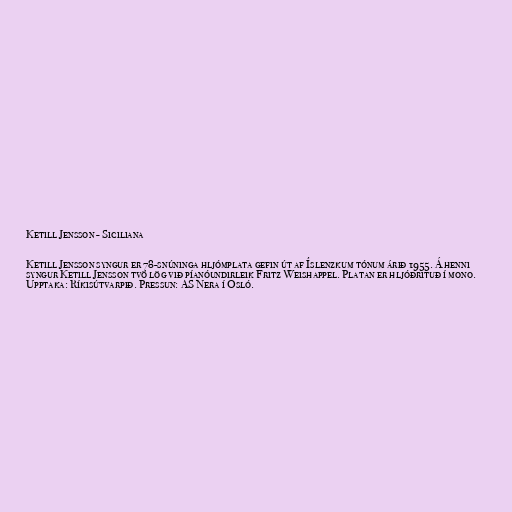
Ketill Jensson - Siciliana

Ketill Jensson syngur er 78-snúninga hljómplata gefin út af Íslenzkum tónum árið 1955. Á henni
syngur Ketill Jensson tvö lög við píanóundirleik Fritz Weishappel. Platan er hljóðrituð í mono.
Upptaka: Ríkisútvarpið. Pressun: AS Nera í Osló.